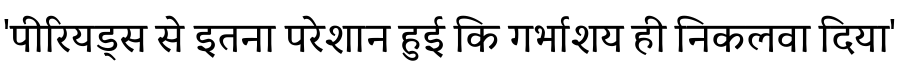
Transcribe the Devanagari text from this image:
'पीरियड्स से इतना परेशान हुई कि गर्भाशय ही निकलवा दिया'